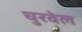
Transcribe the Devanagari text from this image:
चुरवेल